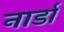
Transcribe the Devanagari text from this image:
नार्डा